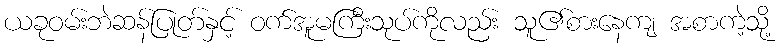
ယခုဝမ်းဘဲဆန်ပြုတ်နှင့် ဝက်အူမကြီးသုပ်ကိုလည်း သူ၏စားနေကျ အစာကဲ့သို့